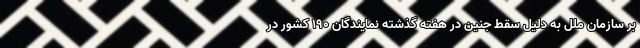
بر سازمان ملل به دلیل سقط جنین در هفته گذشته نمایندگان 190 کشور در